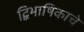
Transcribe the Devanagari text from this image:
द्विभाषिकाचे